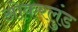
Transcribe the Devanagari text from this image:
ओकरलुंड